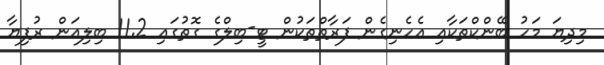
މިދިޔަ މަހު ބޭންކްތަކާއި އެހެނިގެން ފަރާތްތަކުން ޓީ-ބިލްގެ ގޮތުގައި 11.2 ބިލިއަން ރުފިޔާ